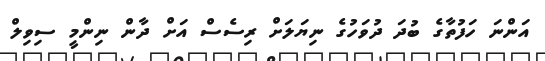
އަންނަ ހަފުތާގެ ބުދަ ދުވަހުގެ ނިޔަލަށް ރިސެސް އަށް ދާން ނިންމީ ސިވިލް